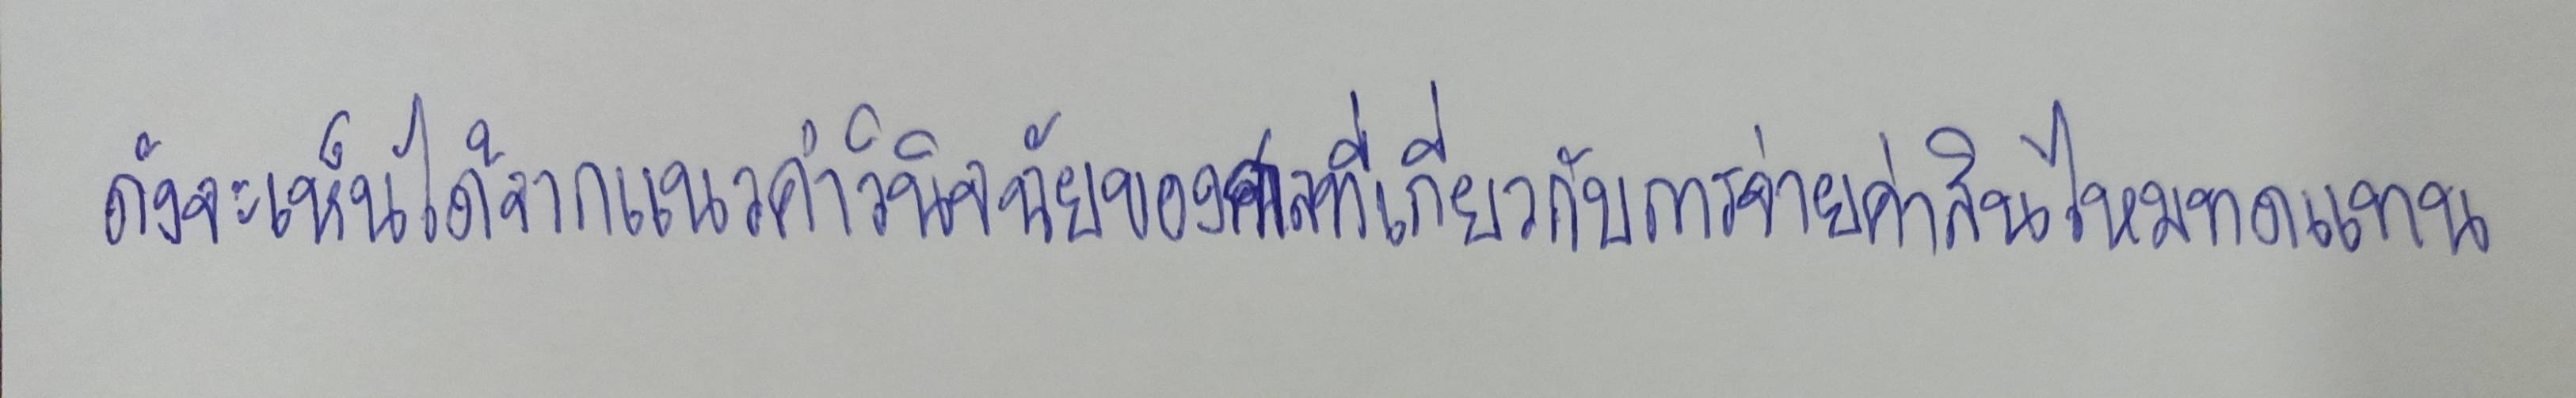
ดังจะเห็นได้จากแนวคำวินิจฉัยของศาลที่เกี่ยวกับการจ่ายค่าสินไหมทดแทน